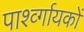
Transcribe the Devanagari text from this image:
पार्श्व्गायकों